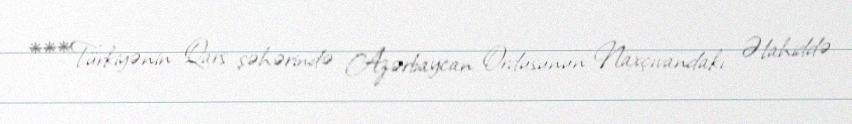
***Türkiyənin Qars şəhərində Azərbaycan Ordusunun Naxçıvandakı Əlahiddə